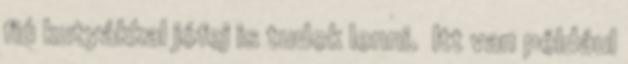
fiú kutyákkal jófej is tudok lenni. Itt van például